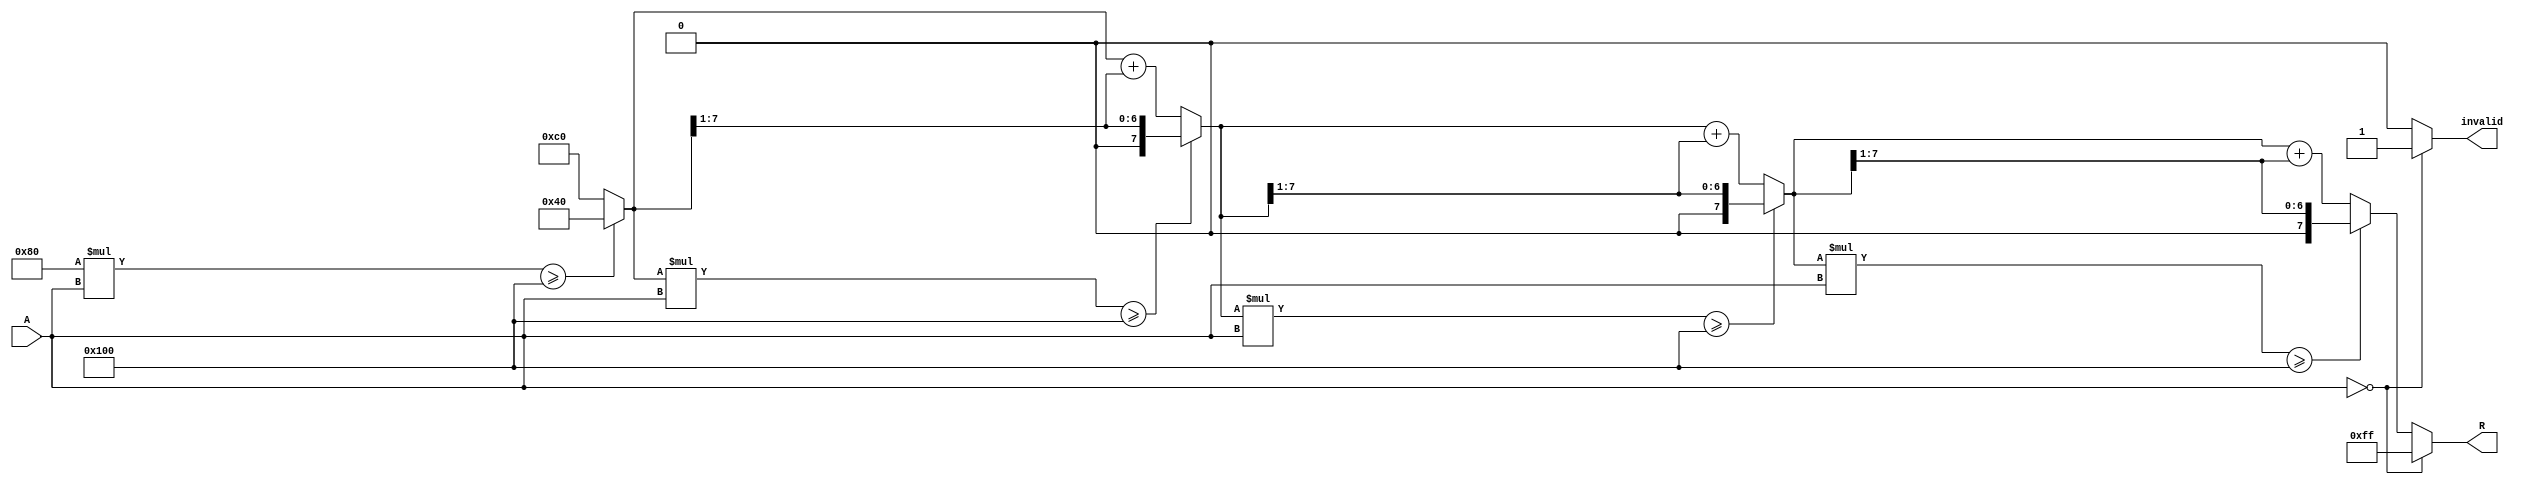
module BitwiseReciprocal #(
    parameter N = 8, // Bit width of input and output
    parameter ITERATIONS = 4 // Number of iterations for approximation
)(
    input  wire [N-1:0] A, // Input number (non-zero)
    output reg  [N-1:0] R, // Output reciprocal
    output reg  invalid // Flag for zero input
);
    
    reg [N-1:0] guess; // Current guess for the reciprocal
    integer i; // Loop counter

    always @(*) begin
        // Initialize output and invalid flag
        R = 0;
        invalid = 0;

        // Check for zero input
        if (A == 0) begin
            invalid = 1; // Set invalid flag for zero input
            R = {N{1'b1}}; // Optionally output a predefined value (e.g., all ones)
        end else begin
            // Initial guess (can be tuned based on expected input range)
            guess = {1'b1, {N-1{1'b0}}}; // Initial guess of 1 (scaled for N bits)

            // Bitwise approximation loop
            for (i = 0; i < ITERATIONS; i = i + 1) begin
                // Multiply guess by A and check against 2^N
                if (guess * A >= (1 << N)) begin
                    guess = guess >> 1; // If too large, shift right
                end else begin
                    guess = guess + (guess >> 1); // Otherwise, refine the guess
                end
            end

            // Assign final guess to output
            R = guess;
        end
    end
endmodule